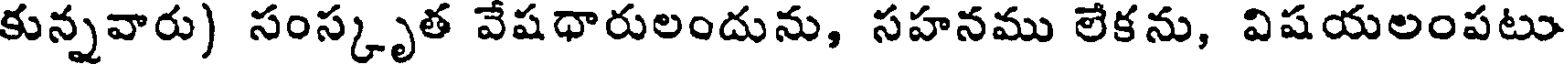
కున్నవారు) సంస్కృత వేషధారులందును, సహనము లేకను, విషయలంపటు